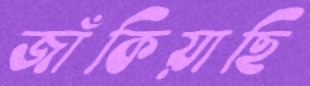
জাঁকিয়াছি